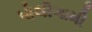
પોલીગામી